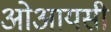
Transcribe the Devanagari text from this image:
ओआयसी